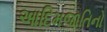
આદિમજાતિનો